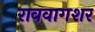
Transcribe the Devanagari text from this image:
राववागशर